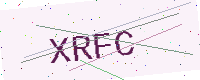
Text: XRFC